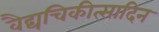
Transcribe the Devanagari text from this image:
वैद्यचिकीत्सादिन